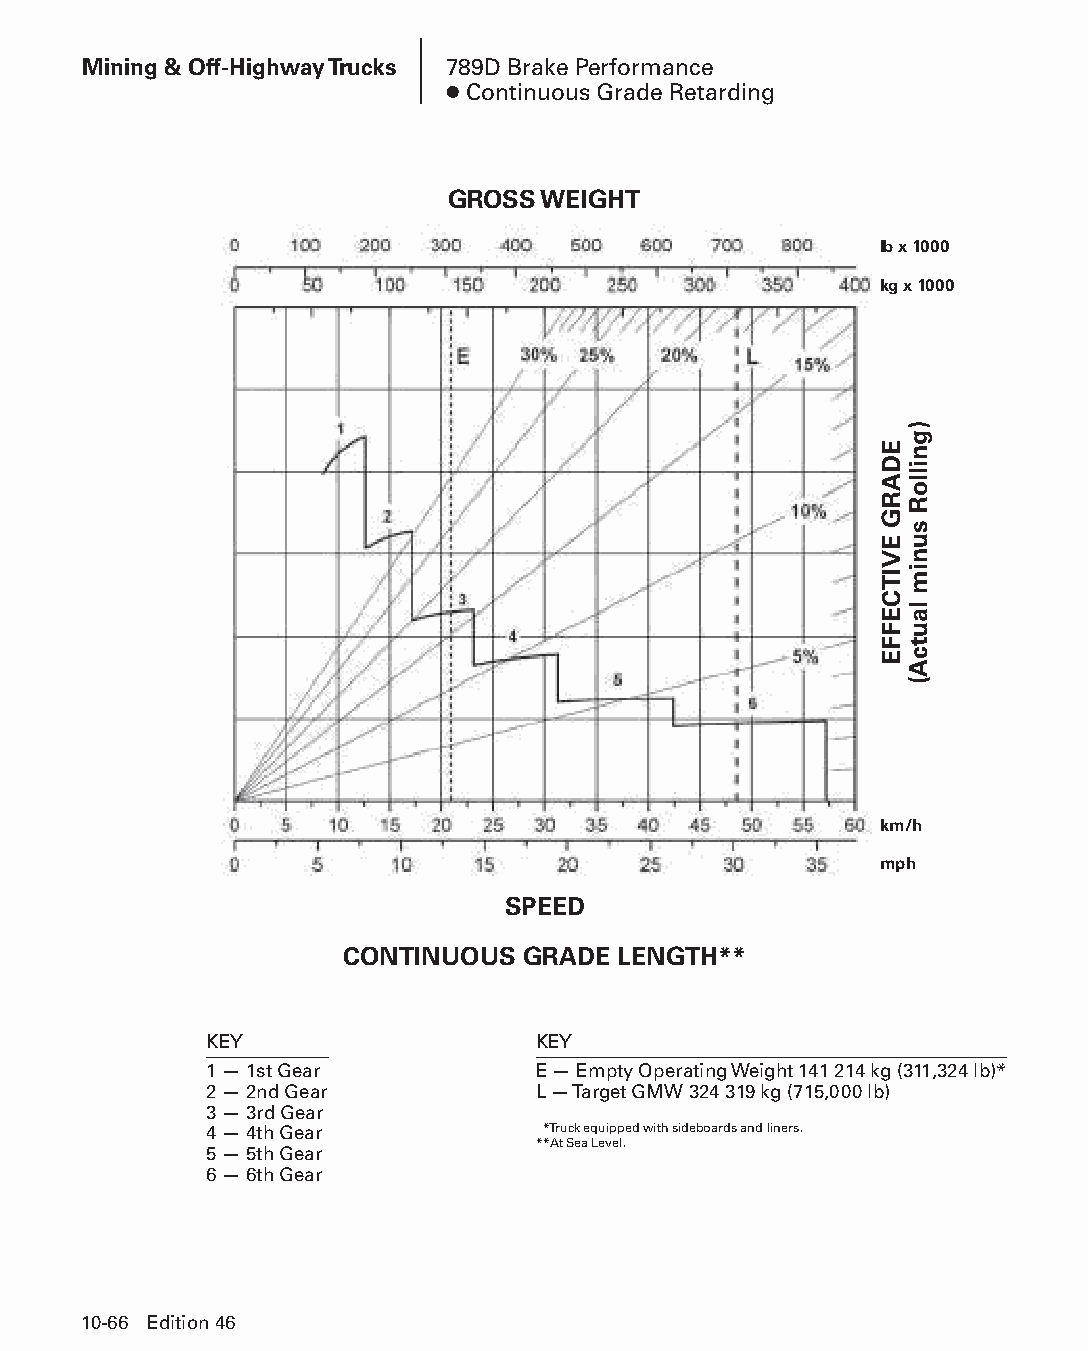
Mining & Off-Highway Trucks 789D Brake Performance
 ● Continuous Grade Retarding
 GROSS WEIGHT
 lb x 1000
 kg x 1000
 km/h
 mph
 SPEED
 CONTINUOUS  GRADE LENGTH**
 KEY                   KEY
 1 — 1st Gear          E — Empty Operating Weight 141 214 kg (311,324 lb)*
 2 — 2nd Gear          L — Target GMW 324 319 kg (715,000 lb)
 3 — 3rd Gear
 4 — 4th Gear          **Truck equipped with sideboards and liners.
 **At Sea Level.
 5 — 5th Gear
 6 — 6th Gear
 10-66 Edition 46
 PPHHBB--SSeecc1100((ppgg5533--8844))..iinndddd 6666            1122//44//1155 1100::4455 AAMM
 EDARG
 EVITCEFFE
 )gnilloR
 sunim
 lautcA(